Medical and sanitary report on the native army of Bombay for the year
Year: 1878
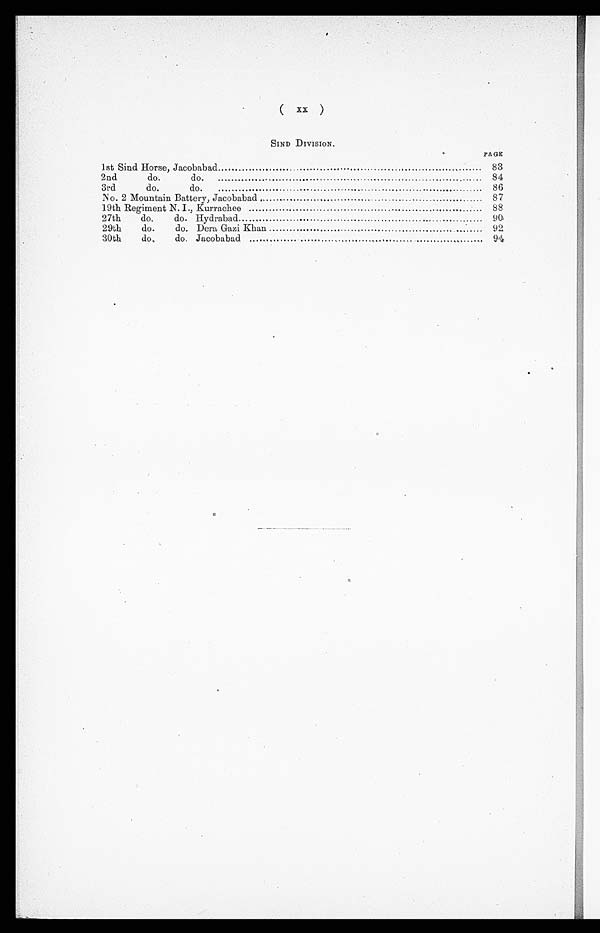
( xx )
SIND DIVISION.
P A G E
1st Sind Horse, Jacobabad
83
2nd do. do.
84
3rd do. do.
86
No. 2 Mountain Battery, Jacobabad
8 7
19th Regiment N. I., Kurrachee
88
27th do. do. Hydrabad
90
29th do. do. Dera Gazi Khan
92
30th do. do. Jacobabad ...
94